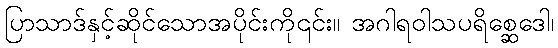
ပြာသာဒ်နှင့်ဆိုင်သောအပိုင်းကို၎င်း။ အဂါရဝါသပရိစ္ဆေဒေါ၊